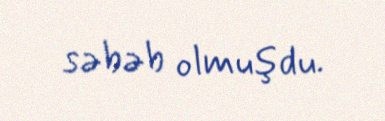
səbəb olmuşdu.